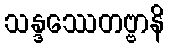
သန္ဒဿေတဗ္ဗာနိ